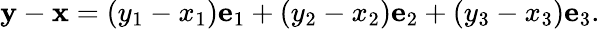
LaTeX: {\mathbf{y}}-{\mathbf{x}}=(y_{1}-x_{1}){\mathbf{e}}_{1}+(y_{2}-x_{2}){\mathbf{e}}_{2}+(y_{3}-x_{3}){\mathbf{e}}_{3}.